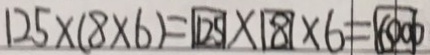
1 2 5 \times ( 8 \times 6 ) = \boxed { 1 2 5 } \times \boxed { 8 } \times 6 = \boxed { 6 0 0 0 }